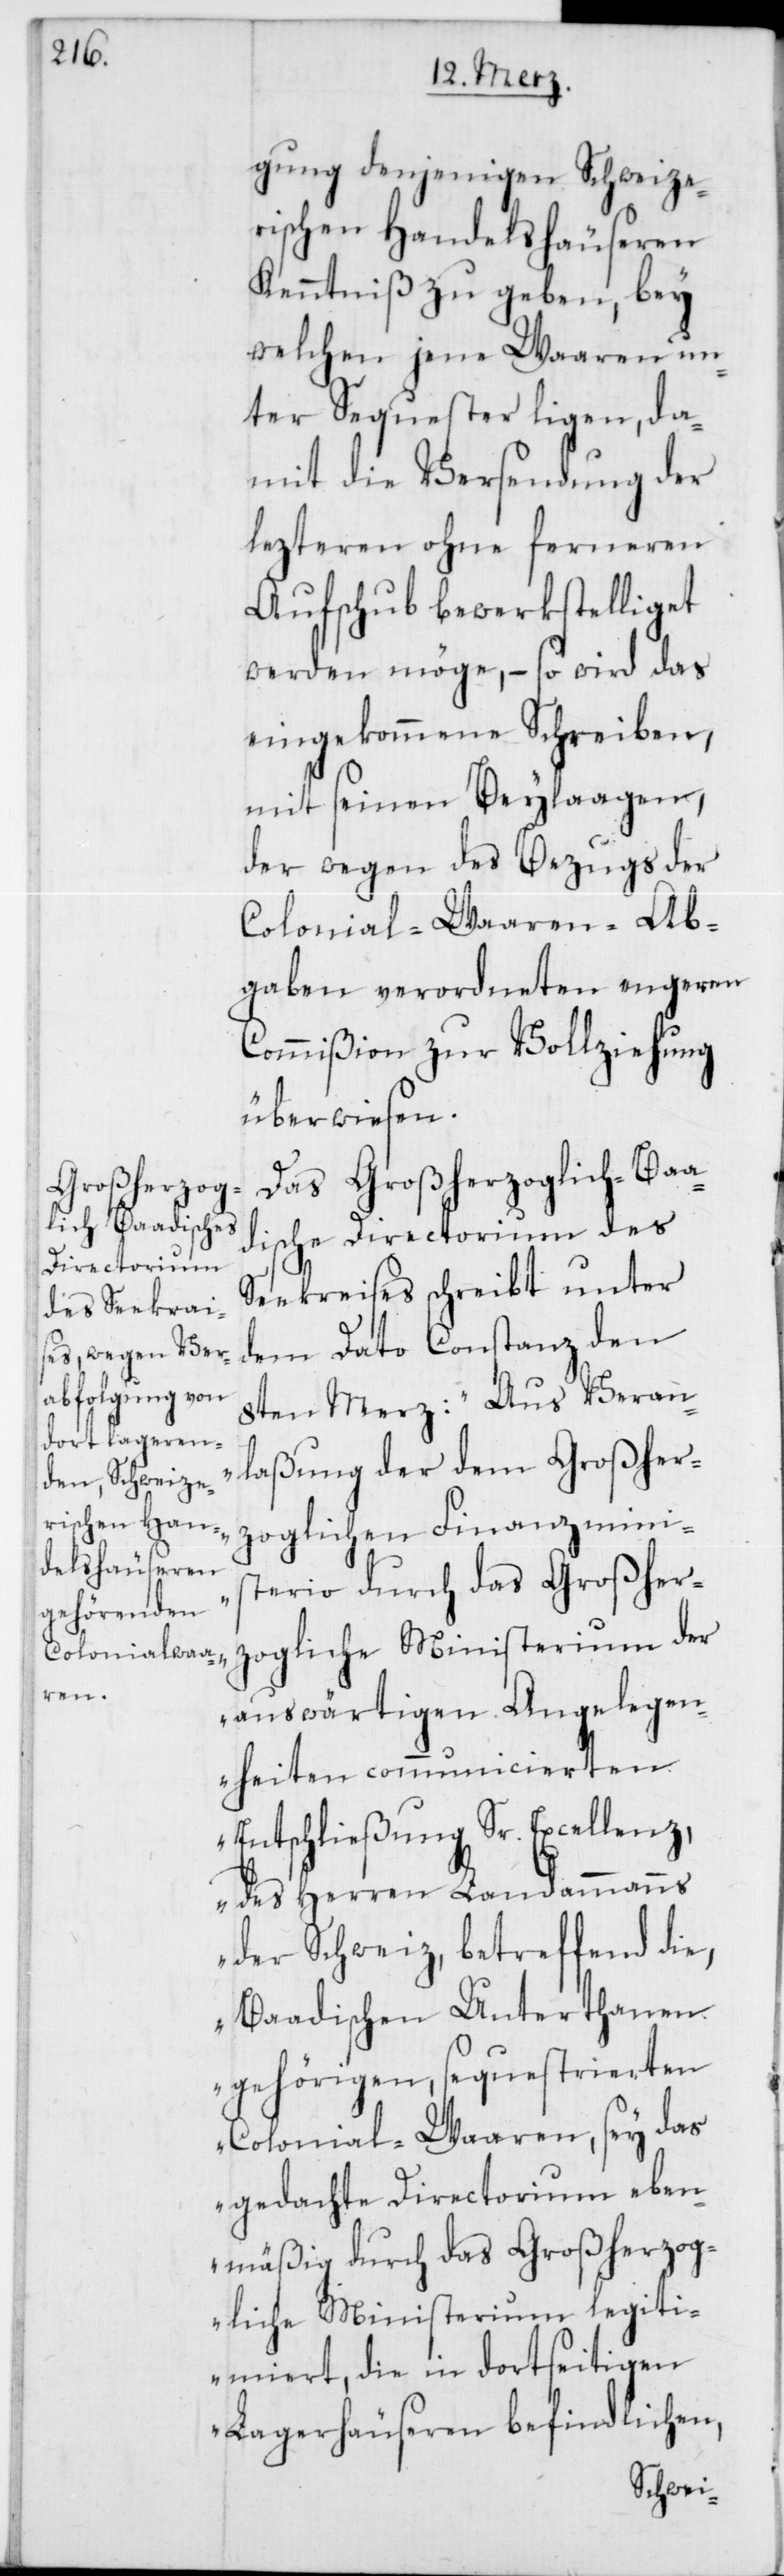
gung denjenigen Schweize¬
rischen Handelshäuseren
Kenntniß zu geben, bey
welchen jene Waaren un¬
ter Sequester ligen, da¬
mit die Versendung der
lezteren ohne ferneren
Aufschub bewerkstelliget
werden möge, – so wird das
eingekommene Schreiben,
mit seinen Beylaagen,
der wegen des Bezugs der
Colonial-Waaren-Ab¬
gaben verordneten engeren
Commißion zur Vollziehung
überwiesen.
Das Großherzoglich-Baa¬
dische Directorium des
Seekreises schreibt unter
dem Dato Constanz den
8ten Merz: „Aus Veran¬
laßung der dem Großher¬
zoglichen Finanzminis¬
terio durch das Großher¬
zogliche Ministerium der
auswärtigen Angelegen¬
heiten communicierten
Entschließung Sr. Excellenz,
des Herren Landammanns
der Schweiz, betreffend die,
Baadischen Unterthanen
gehörigen, sequestrierten
Colonial-Waaren, sey das
gedachte Directorium eben¬
mäßig durch das Großherzog¬
liche Ministerium legiti¬
miert, die in dortseitigen
Lagerhäuseren befindlichen,